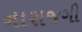
નારાજગી